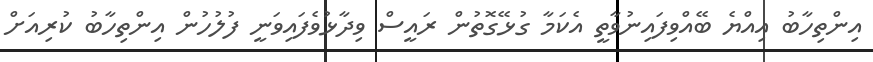
އިންތިހާބު އިއްޔެ ބޭއްވިފައިނުވާތީ އެކަމާ ގުޅޭގޮތުން ރައީސް ވިދާޅުވެފައިވަނީ ފުލުހުން އިންތިހާބު ކުރިއަށް